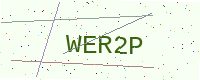
Text: WER2P